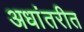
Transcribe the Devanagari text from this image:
अधांतरीत